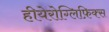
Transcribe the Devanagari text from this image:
हीयेरोग्लिफ़िक्स